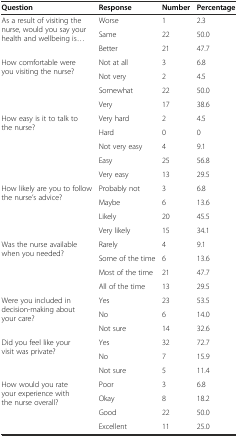
<table><thead><tr><td><b>Question</b></td><td><b>Response</b></td><td><b>Number</b></td><td><b>Percentage</b></td></tr></thead><tbody><tr><td rowspan="3">As a result of visiting the nurse, would you say your health and wellbeing is...</td><td>Worse</td><td>1</td><td>2.3</td></tr><tr><td>Same</td><td>22</td><td>50.0</td></tr><tr><td>Better</td><td>21</td><td>47.7</td></tr><tr><td rowspan="4">How comfortable were you visiting the nurse?</td><td>Not at all</td><td>3</td><td>6.8</td></tr><tr><td>Not very</td><td>2</td><td>4.5</td></tr><tr><td>Somewhat</td><td>22</td><td>50.0</td></tr><tr><td>Very</td><td>17</td><td>38.6</td></tr><tr><td rowspan="5">How easy is it to talk to the nurse?</td><td>Very hard</td><td>2</td><td>4.5</td></tr><tr><td>Hard</td><td>0</td><td>0</td></tr><tr><td>Not very easy</td><td>4</td><td>9.1</td></tr><tr><td>Easy</td><td>25</td><td>56.8</td></tr><tr><td>Very easy</td><td>13</td><td>29.5</td></tr><tr><td rowspan="4">How likely are you to follow the nurse’s advice?</td><td>Probably not</td><td>3</td><td>6.8</td></tr><tr><td>Maybe</td><td>6</td><td>13.6</td></tr><tr><td>Likely</td><td>20</td><td>45.5</td></tr><tr><td>Very likely</td><td>15</td><td>34.1</td></tr><tr><td rowspan="4">Was the nurse available when you needed?</td><td>Rarely</td><td>4</td><td>9.1</td></tr><tr><td>Some of the time</td><td>6</td><td>13.6</td></tr><tr><td>Most of the time</td><td>21</td><td>47.7</td></tr><tr><td>All of the time</td><td>13</td><td>29.5</td></tr><tr><td rowspan="3">Were you included in decision-making about your care?</td><td>Yes</td><td>23</td><td>53.5</td></tr><tr><td>No</td><td>6</td><td>14.0</td></tr><tr><td>Not sure</td><td>14</td><td>32.6</td></tr><tr><td rowspan="3">Did you feel like your visit was private?</td><td>Yes</td><td>32</td><td>72.7</td></tr><tr><td>No</td><td>7</td><td>15.9</td></tr><tr><td>Not sure</td><td>5</td><td>11.4</td></tr><tr><td rowspan="4">How would you rate your experience with the nurse overall?</td><td>Poor</td><td>3</td><td>6.8</td></tr><tr><td>Okay</td><td>8</td><td>18.2</td></tr><tr><td>Good</td><td>22</td><td>50.0</td></tr><tr><td>Excellent</td><td>11</td><td>25.0</td></tr></tbody></table>